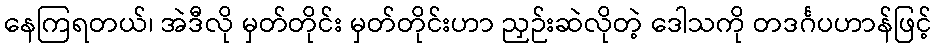
နေကြရတယ်၊ အဲဒီလို မှတ်တိုင်း မှတ်တိုင်းဟာ ညှဉ်းဆဲလိုတဲ့ ဒေါသကို တဒင်္ဂပဟာန်ဖြင့်